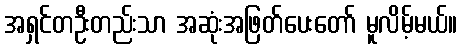
အရှင်တဦးတည်းသာ အဆုံးအဖြတ်ပေးတော် မူလိမ့်မယ်။